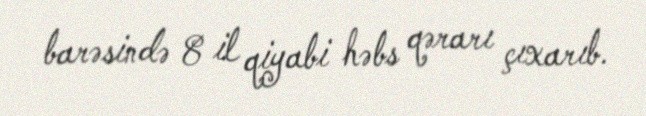
barəsində 8 il qiyabi həbs qərarı çıxarıb.